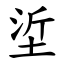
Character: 垽